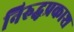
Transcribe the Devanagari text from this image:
निरुद्धप्रकाश